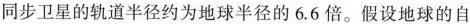
同步卫星的轨道半径约为地球半径的6.6倍。假设地球的自